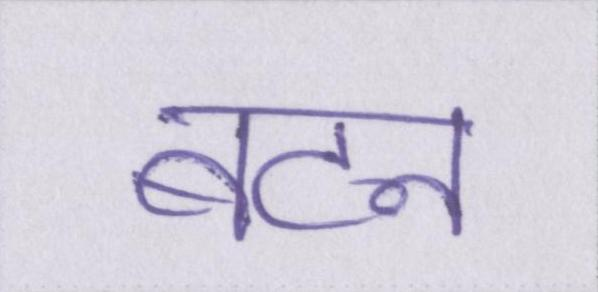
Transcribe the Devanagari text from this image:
बटन